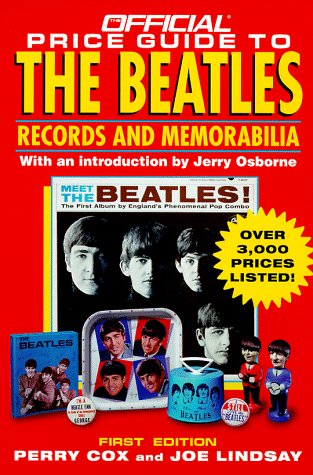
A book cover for Official Price Guide to the Beatles (Serial); Perry Cox; Crafts, Hobbies & Home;